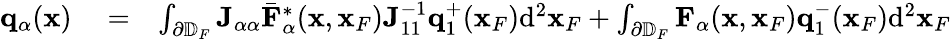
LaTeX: \begin{array}{rlr}{{\mathbf q}_{\alpha}({\mathbf x})}&{{}=}&{\int_{\partial\mathbb{D}_{F}}{\mathbf J}_{\alpha\alpha}{{\bar{\mathbf F}}}_{\alpha}^{*}({\mathbf x},{\mathbf x}_{F}){\mathbf J}_{11}^{-1}{\mathbf q}_{1}^{+}({\mathbf x}_{F})\mathrm{d}^{2}{\mathbf x}_{F}+\int_{\partial\mathbb{D}_{F}}{\mathbf F}_{\alpha}({\mathbf x},{\mathbf x}_{F}){\mathbf q}_{1}^{-}({\mathbf x}_{F})\mathrm{d}^{2}{\mathbf x}_{F}}\end{array}